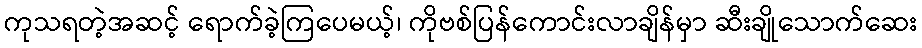
ကုသရတဲ့အဆင့် ရောက်ခဲ့ကြပေမယ့်၊ ကိုဗစ်ပြန်ကောင်းလာချိန်မှာ ဆီးချိုသောက်ဆေး